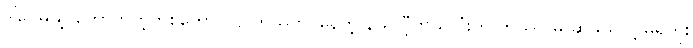
ဒါပေမယ့် တောက်တဲ့တစ်ကောင်လို တွယ်ကပ်နေတဲ့ နယ်လီ့ကိုယ်လုံးကို ဘယ်လိုမှ ဆွဲဖယ်လို့ မရဘူး